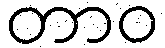
တာဝ